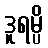
ဒူရမ္ပိ